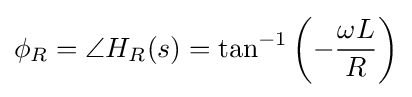
\phi _{R}=\angle H_{R}(s)=\tan ^{-1}\left(-{\frac {\omega L}{R}}\right)